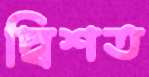
দ্বিশত